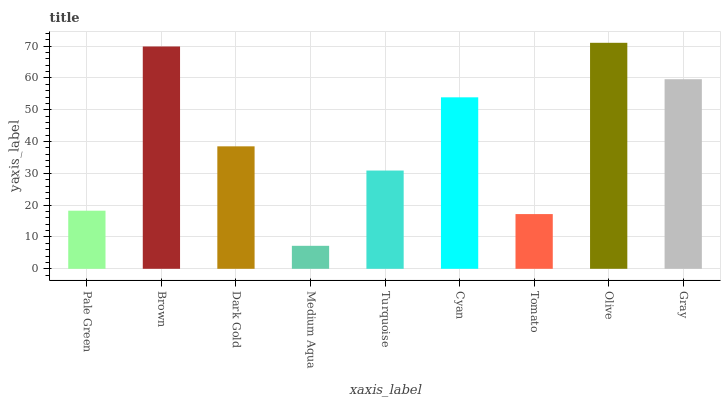
| xaxis_label | bars |
 | --- | --- |
 | Pale Green | 18.3 |
 | Brown | 69.9 |
 | Dark Gold | 38.5 |
 | Medium Aqua | 7.23 |
 | Turquoise | 30.9 |
 | Cyan | 53.9 |
 | Tomato | 17.2 |
 | Olive | 71 |
 | Gray | 59.6 |